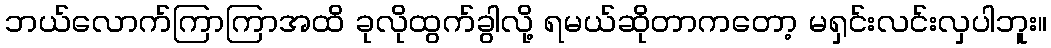
ဘယ်လောက်ကြာကြာအထိ ခုလိုထွက်ခွါလို့ ရမယ်ဆိုတာကတော့ မရှင်းလင်းလှပါဘူး။